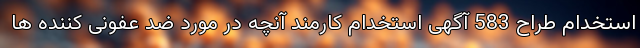
استخدام طراح 583 آگهی استخدام کارمند آنچه در مورد ضد عفونی کننده ها